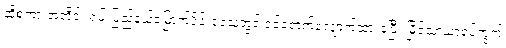
ဆိုစကားအတိုင်း ရှမ်းပြည်နယ်မြောက်ပိုင်းဒေသတွင် ဝင်ရောက်လျှောက်ထားခဲ့ပြီး မြိုင်သာယာရပ်ကွက်